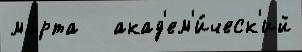
ма́рта   акад'ем'и́ческ'ий